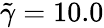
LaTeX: \tilde{\gamma}=10.0